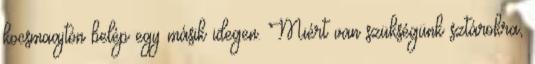
kocsmaajtón belép egy másik idegen. Miért van szükségünk sztárokra,